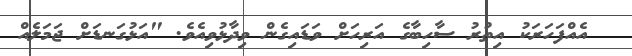
އެއްފަހަރަކު އިތުރު ސާހިބާގެ އަރިހަށް ވަޑައިގެން ވިދާޅުވިއެވެ. "އަޅުގަނޑަށް ޖަމަލެއް